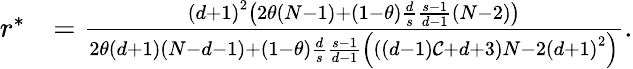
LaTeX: \begin{array}{rl}{r^{\ast}}&{=\frac{\left(d+1\right)^{2}\left(2\theta\left(N-1\right)+\left(1-\theta\right)\frac{d}{s}\frac{s-1}{d-1}\left(N-2\right)\right)}{2\theta\left(d+1\right)\left(N-d-1\right)+\left(1-\theta\right)\frac{d}{s}\frac{s-1}{d-1}\left(\left(\left(d-1\right)\mathcal{C}+d+3\right)N-2\left(d+1\right)^{2}\right)}.}\end{array}